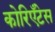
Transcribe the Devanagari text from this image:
कोरिएँटेस